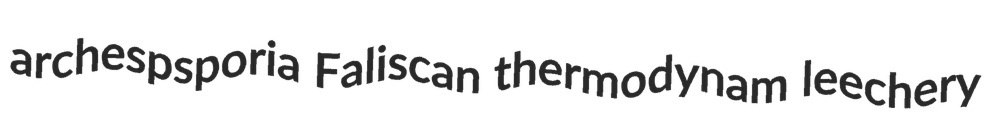
archespsporia Faliscan thermodynam leechery